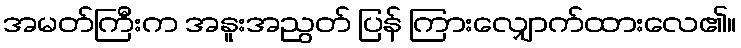
အမတ်ကြီးက အနူးအညွတ် ပြန် ကြားလျှောက်ထားလေ၏။